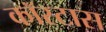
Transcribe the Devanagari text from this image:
कॉस्टास